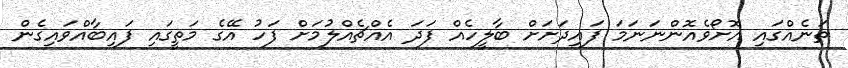
ތަނެއްގައި އޮށޯވެއޮންނަނަމަ ފައިދަށަށް ބާލީހެއް ފަދަ އެއްޗެއްލުމަށް ފަހު އޭގެ މަތީގައި ފައިބާއްވައިގެން